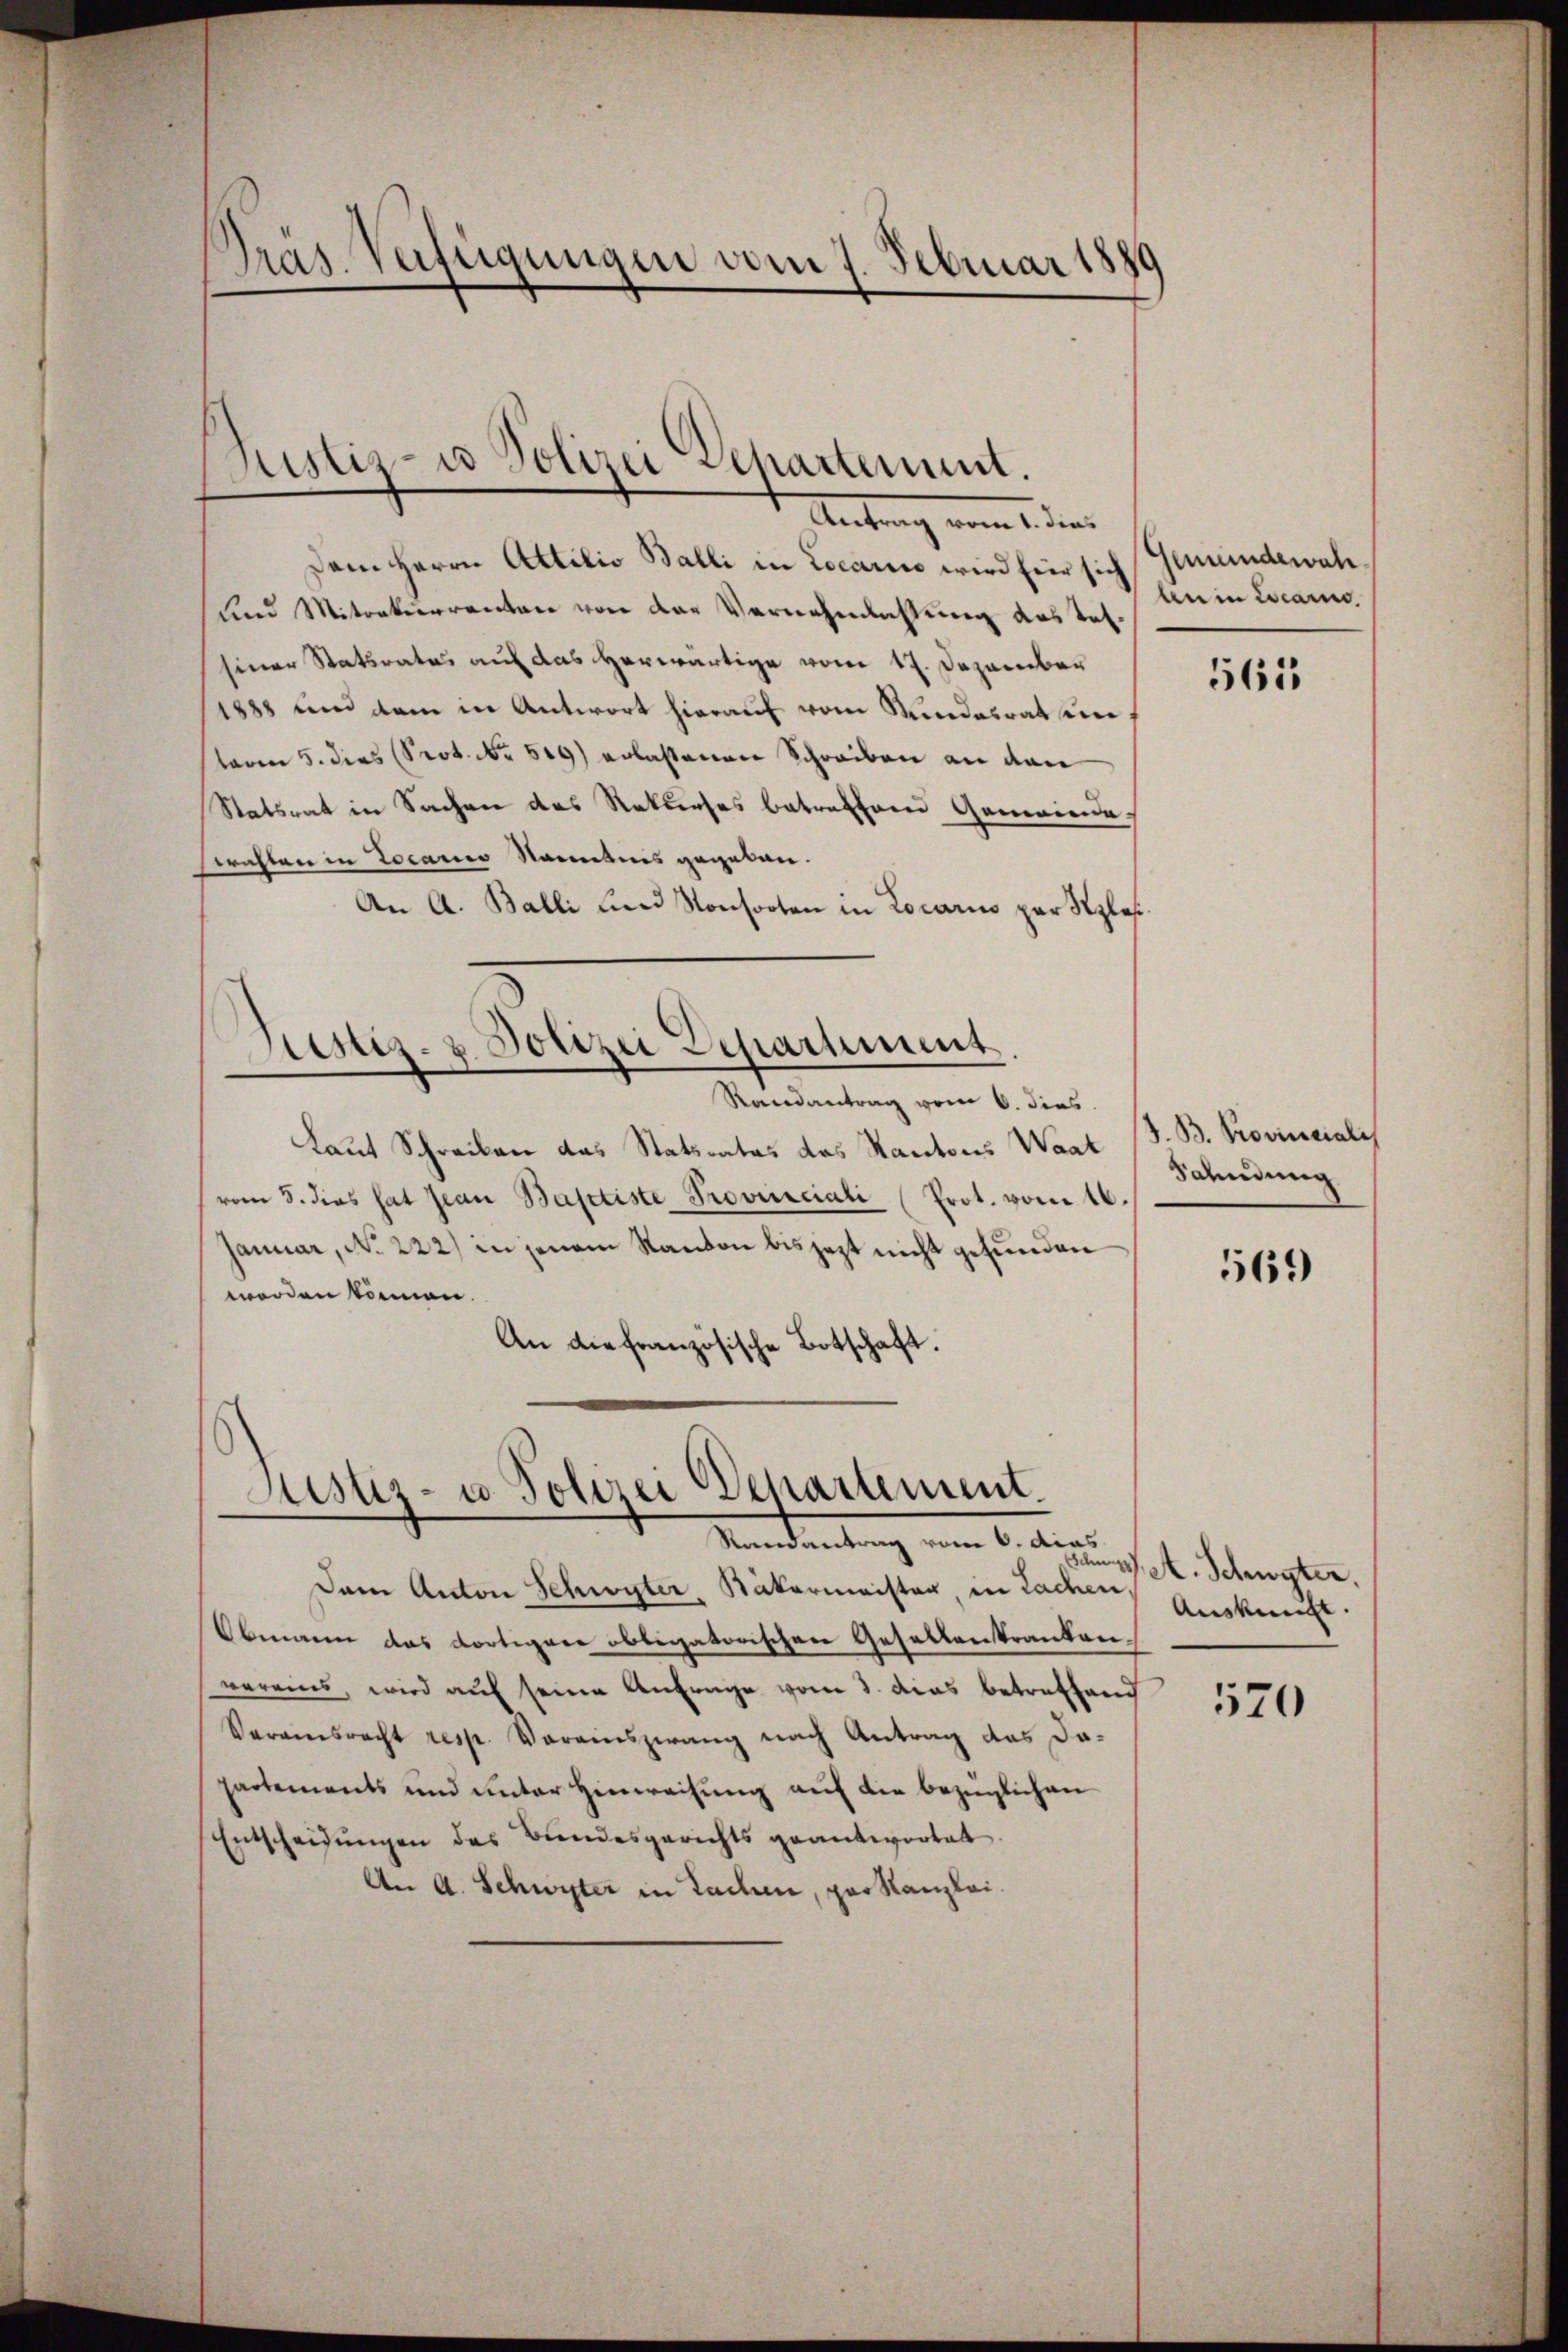
Dem Herrn Attilio Balli in Locarii wird für sich
und Miteaturrenten von der Vernehmlichtung das Tes-
siner Statsrates auf das herwärtige vom 17. Dezember
1888 und dem in Antwort hierauf vom Mindesrat sein
taren 5. dies Prot. Nr. 500) erlassenen Schreiben an den
Statsrat in Sachen des Rekurses betreffend Gemeinde
trichten in Locario Nantnis gegeben.
An A. Balli und Konsorten in Locarius par Szlas¬
Justiz- & Polizei Departiment.
Randantrag vom 6. dies
Laut Schreiben das Statsrates das Kantons Waat
vom 8. dies hat Jean Baptiste Provinciali (Prot. vom 16.
Januar, No. 222) in jenem Kanton bis jezt nicht gefunden
worden können.
An die französische Botschaft.

Präs. Verfügungen vom 7. Februar 1880

Rustiz- u Polizei Departement.
dies
Antrag vom 1. dies

Justiz- u. Polizei Departement.
¬
Randantrag vom 6. dieas

Dem Anton Schwyter Natermeister in Lachen,
Obmann das dortiger obligatorischen Gesellenkranken.
vereins, wird auf seine Anfrage vom 3. das betreffend
Varvinsrecht resp. Vereinszwang nach Antrag das Dopartements und unter Hinweisung auf die bezüglichen
Entscheidŭngen des Bundesgerichts geantwortet.
An A. Schwyter in Sachen, par Kanzlei.

Gemeindewahben in Locarn

565

J. B. Provincialis
Sahndung

569

Jam 17. A. Schwyter
Auskunft.

570